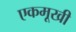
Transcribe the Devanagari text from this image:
एकमूखी